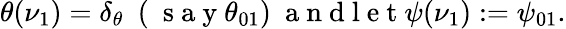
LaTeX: \begin{array}{r}{\theta(\nu_{1})=\delta_{\theta}\ \ (\mathrm{~\normalsize~s~a~y~}\theta_{01})\mathrm{~\normalsize~a~n~d~l~e~t~}\psi(\nu_{1}):=\psi_{01}.}\end{array}